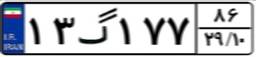
۴۱گ۱۶۸۲۹